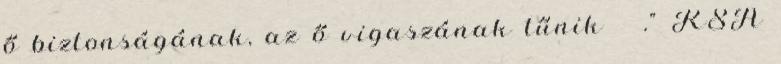
ő biztonságának, az ő vigaszának tűnik .” KSA